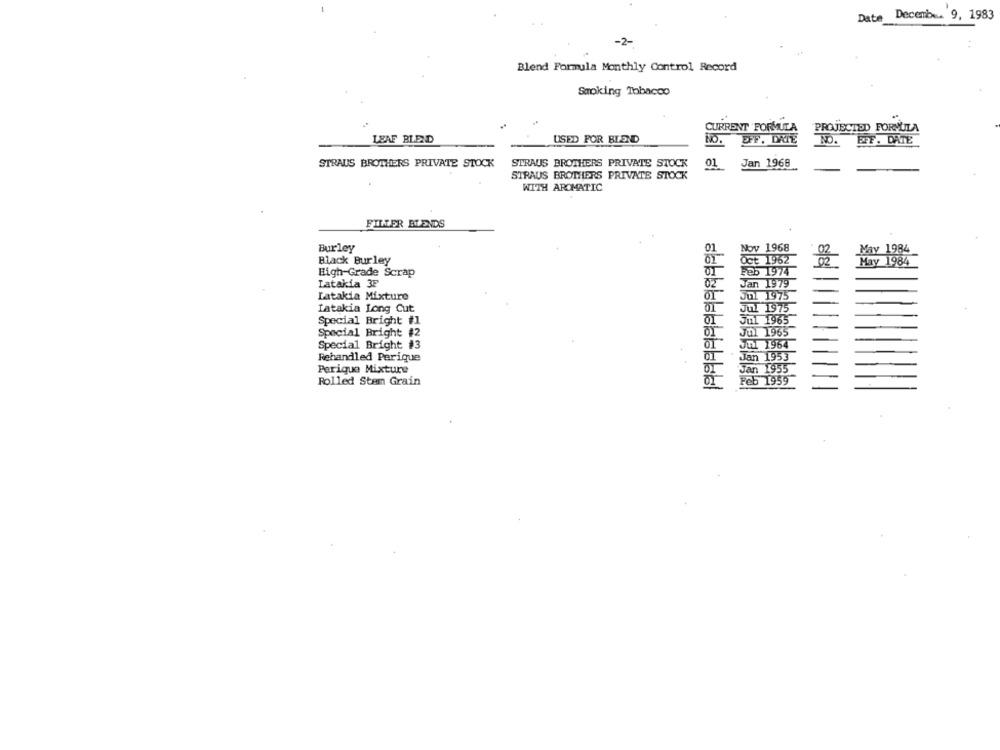
Date
December 9, 1983
-2-
Blend Formula Monthly Control Record
Smoking Tobacco
CURRENT FORMULA PROJECTED FORMULA
LEAF BLEND
USED FOR BLEND
NO.
NO. EFF. DRIE NO. EFF. DATE
STRAUS BROTHERS PRIVATE STOCK
STRAUS BROTHERS PRIVATE STOCK
01 Jan 1968
STRAUS BROTHERS PRIVATE STOCK
WITH AROMATIC
FILTER BLENDS
의의의의의의터의셔터의은
Burley
Nov 1968
May 1984
Black Burley
Gt 1962
2
eb 1974
High-Grade Scrap
Latakia 3F
Jan 1979
-
-
Latakia Mixture
JUL 1975
Latakia Long Cut
Jul 1975
Special Bright #1
Jul 1965
Special Bright #2
Jul 1965
Special Bright #3
JUL 1964
Rehandled Perique
Ja
1953
Perique Mixture
1955
Rolled Stem Grain
Feb
1959